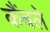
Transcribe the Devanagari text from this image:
कैंबले